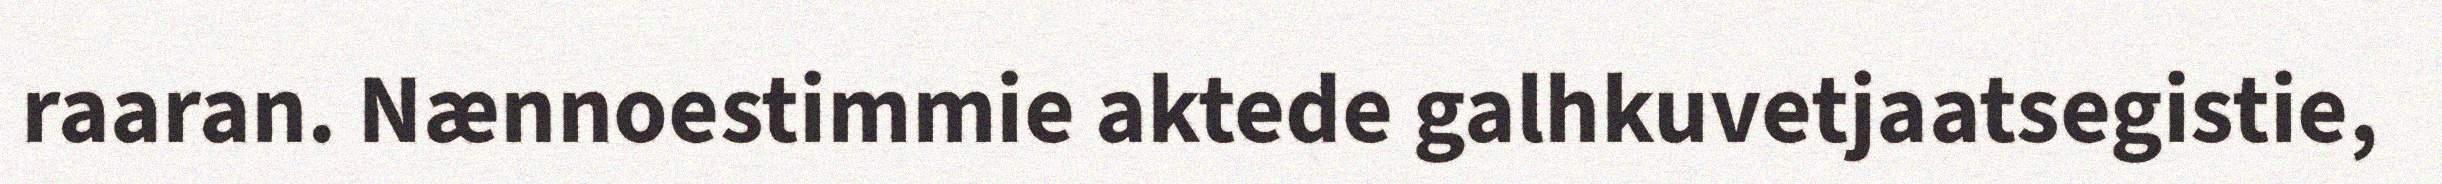
raaran. Nænnoestimmie aktede galhkuvetjaatsegistie,